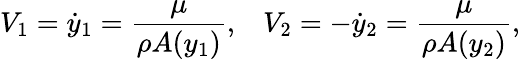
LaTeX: V_{1}=\dot{y}_{1}=\frac{\mu}{\rho A(y_{1})},\; \; \; V_{2}=-\dot{y}_{2}=\frac{\mu}{\rho A(y_{2})},